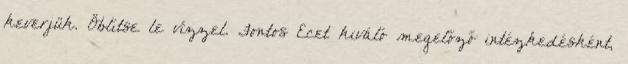
keverjük. Öblítse le vízzel. Fontos Ecet kiváló megelőző intézkedésként,